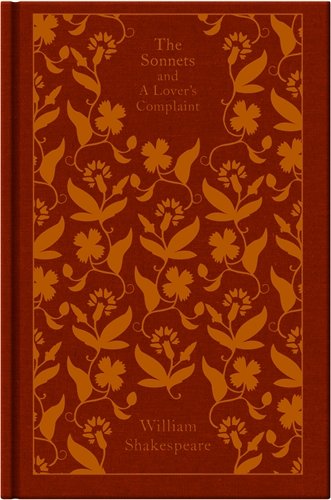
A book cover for The Sonnets and a Lover's Complaint (Hardcover Classics); William Shakespeare; Literature & Fiction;